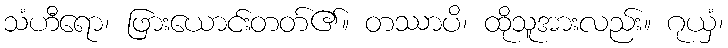
သံဟီရော၊ ဖြားယောင်းတတ်၏။ တဿာပိ၊ ထိုသူအားလည်း။ ဂုယှံ၊